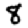
Digit: 8